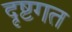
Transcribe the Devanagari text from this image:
दृष्टगत